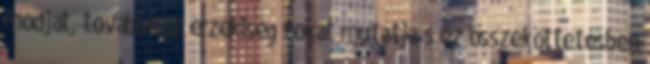
módját, továbbá az érzékiség fokát mutatja s ez összeköttetésben